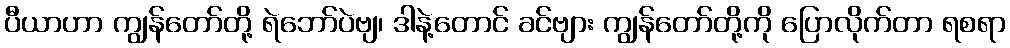
ပီယာဟာ ကျွန်တော်တို့ ရဲဘော်ပဲဗျ၊ ဒါနဲ့တောင် ခင်ဗျား ကျွန်တော်တို့ကို ပြောလိုက်တာ ရစရာ